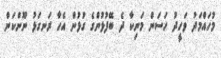
މުހައްމަދު ވަހީދު ހަސަން މަނިކާ ދެ ބޭފުޅުންގެ ގުޅުން އެހާ ރަނގަޅު ނޫންކަން